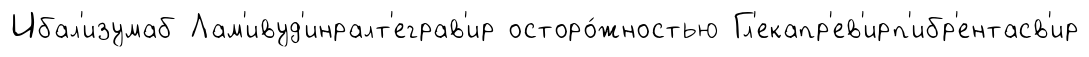
Ибал'изумаб Лам'ивуд'инралт'еграв'ир осторо́жностью Гл'екапр'ев'ирп'ибр'ентасв'ир